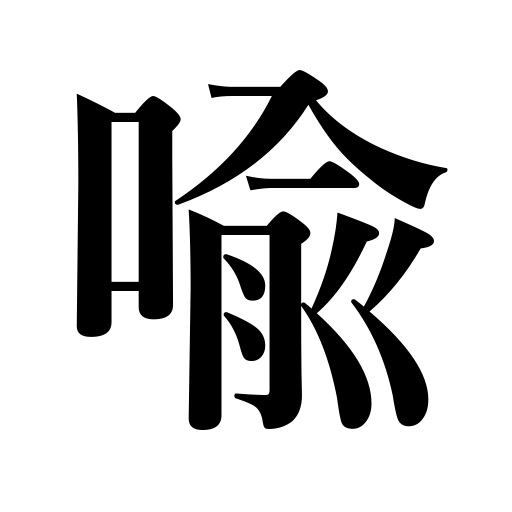
Meanings: illustrate,compare,speak figuratively